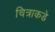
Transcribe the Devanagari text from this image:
चित्राकडे